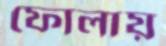
ফোলায়